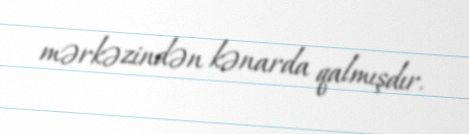
mərkəzindən kənarda qalmışdır.